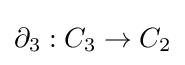
\partial _{3}:C_{3}\to C_{2}